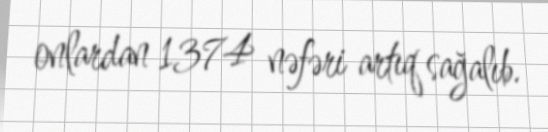
onlardan 1374 nəfəri artıq sağalıb.